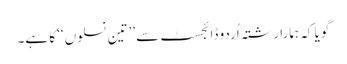
گویا کہ ہمارا رشتہ اُردو ڈائجسٹ سے ’’تین نسلوں‘‘ کا ہے۔